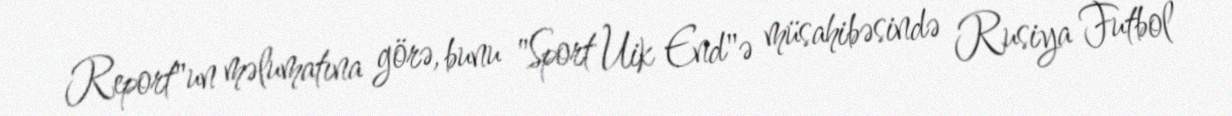
Report"un məlumatına görə, bunu "Sport Uik End"ə müsahibəsində Rusiya Futbol